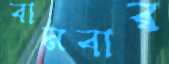
বানবার